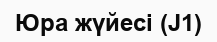
Юра жүйесі (J1)